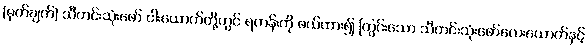
(မှတ်ချက်) သီတင်းသုံးဖော် ငါးယောက်တို့တွင် ရဟန်းကို ဖယ်ထား၍ ကြွင်းသော သီတင်းသုံးဖော်လေးယောက်နှင့်